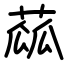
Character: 蓏